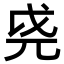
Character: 𫵐